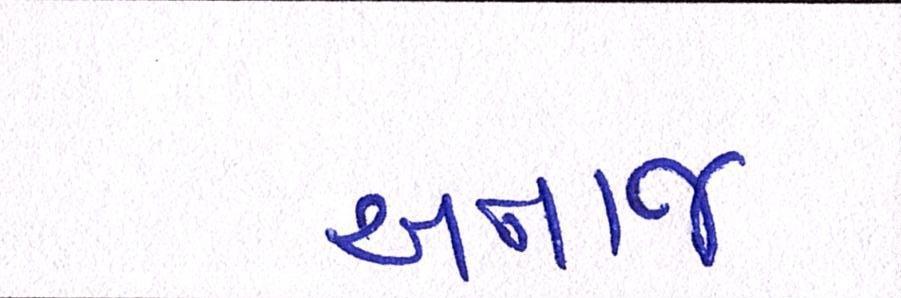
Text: અનાજ